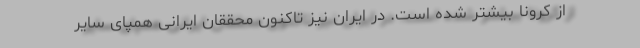
از کرونا بیشتر شده است. در ایران نیز تاکنون محققان ایرانی همپای سایر